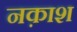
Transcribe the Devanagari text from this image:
नक़ाश